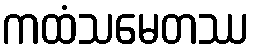
ကထံသမေတဿ